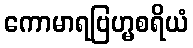
ကောမာရဗြဟ္မစရိယံ